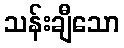
သန်းချီသော